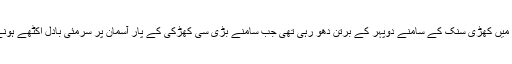
وہ کچن میں کھڑی سنک کے سامنے دوپہر کے برتن دھو رہی تھی جب سامنے بڑی سی کھڑکی کے پار آسمان پر سرمئی بادل اکٹھے ہونے لگے۔